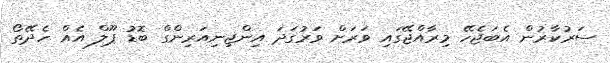
ސަރުކާރުން އެބަޖެހޭ މިރާއްޖޭގައި ވަރަށް ވަރުގަދަ އިންޖިނިއަރިންގް ބޮޑު ޕޫލް އެއް ހެދޭތޯ